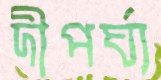
দীপর্ঘ্য